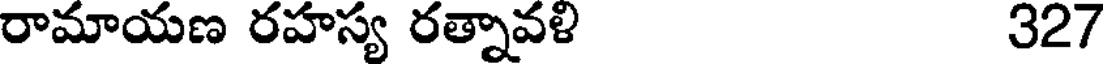
రామాయణ రహస్య రత్నావళి 327